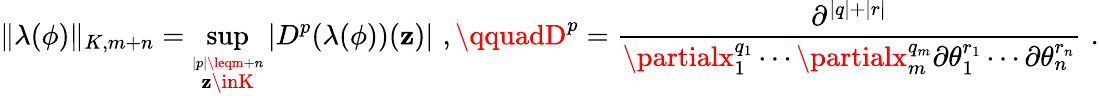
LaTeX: \| \lambda(\phi)\| _{K,m+n}=\operatorname*{sup}_{\stackrel{|p|\leqm+n}{\mathbf{z}\inK}}|D^{p}(\lambda(\phi))(\mathbf{z})|\, \, ,\qquadD^{p}=\frac{{\partial^{|q|+|r|}}}{{\partialx_{1}^{q_{1}}\cdots\partialx_{m}^{q_{m}}\partial\theta_{1}^{r_{1}}\cdots\partial\theta_{n}^{r_{n}}}}\, \, .